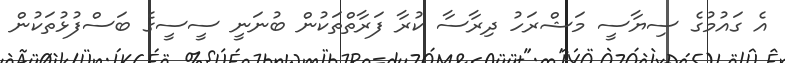
އެ ގައުމުގެ ސިޔާސީ މަޝްރަހު ދިރާސާ ކުރާ ފަރާތްތަކުން ބުނަނީ ސީސީގެ ބަސްފުޅުތަކުން